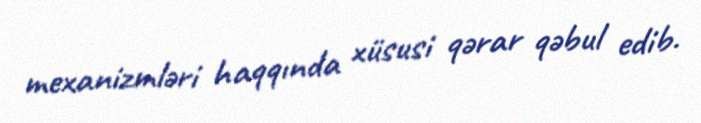
mexanizmləri haqqında xüsusi qərar qəbul edib.